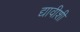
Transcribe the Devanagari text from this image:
द्यावीशी